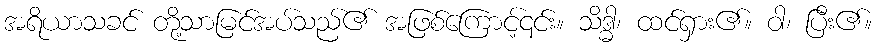
အရိယာသခင် တို့သာမြင်အပ်သည်၏ အဖြစ်ကြောင့်၎င်း။ သိဒ္ဓါ၊ ထင်ရှား၏။ ဝါ၊ ပြီး၏။